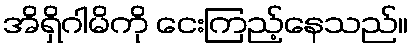
အိရှိဂါမိကို ငေးကြည့်နေသည်။